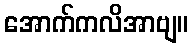
အောက်ကလိအာဗျ။